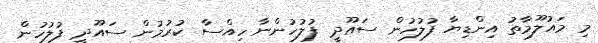
މި މައުލޫމާތު އިންޑިޔާ ފުލުހުން ސައޫދީ ފުލުހުންނާ ހިއްސާ ކުރުމުން ސައޫދީ ފުލުހުން